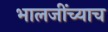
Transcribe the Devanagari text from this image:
भालजींच्याच